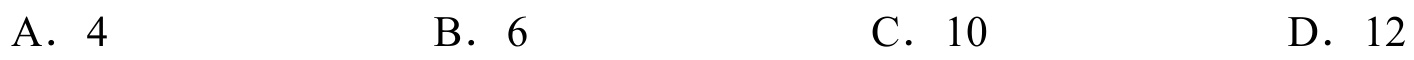
A. \(4\)  \hspace{3cm} B. \(6\)  \hspace{3cm} C. \(10\)  \hspace{3cm} D. \(12\)